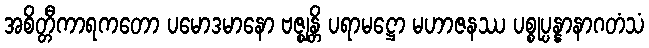
အစိတ္တီကာရကတော ပမောဒမာနော ဗဇ္ဈန္တိ ပရာမဋ္ဌော မဟာဇနဿ ပစ္စုပ္ပန္နာနာဂတံသံ